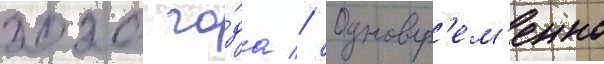
2020 го́да // Одновр'ем'енно